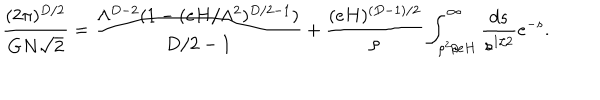
LaTeX: \frac { ( 2 \pi ) ^ { D / 2 } } { G N \sqrt { 2 } } = \frac { \Lambda ^ { D - 2 } ( 1 - ( e H / \Lambda ^ { 2 } ) ^ { D / 2 - 1 } ) } { D / 2 - 1 } + \frac { ( e H ) ^ { ( D - 1 ) / 2 } } { \rho } \int _ { \rho ^ { 2 } / e H } ^ { \infty } \frac { d s } { s ^ { 1 / 2 } } e ^ { - s } .